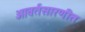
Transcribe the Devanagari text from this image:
आवर्तसारणीत